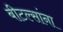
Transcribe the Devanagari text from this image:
बीटल्सांना